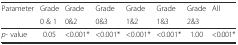
| <ROWSPAN=2> Parameter | Grade | Grade | Grade | Grade | Grade | Grade | <ROWSPAN=2> All |
 | 0 & 1 | 0&2 | 0&3 | 1&2 | 1&3 | 2&3 |
 | --- | --- | --- | --- | --- | --- | --- | --- |
 | p- value | 0.05 | <0.001* | <0.001* | <0.001* | <0.001* | 1.00 | <0.001* |